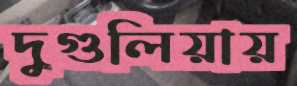
দুগুলিয়ায়